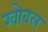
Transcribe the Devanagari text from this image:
ग्वोबल